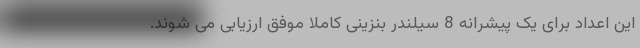
این اعداد برای یک پیشرانه 8 سیلندر بنزینی کاملا موفق ارزیابی می شوند.